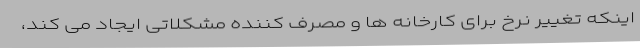
اینکه تغییر نرخ برای کارخانه ها و مصرف کننده مشکلاتی ایجاد می کند،